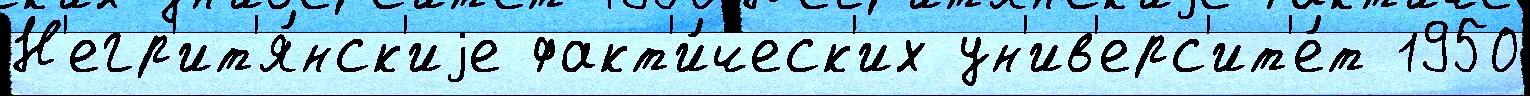
Н'егр'ит'я́нск'иjе факт'и́ческ'их ун'ив'ерс'ит'е́т 1950